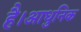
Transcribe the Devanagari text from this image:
है।आधुनिक